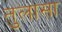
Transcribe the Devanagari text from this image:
तुलासा